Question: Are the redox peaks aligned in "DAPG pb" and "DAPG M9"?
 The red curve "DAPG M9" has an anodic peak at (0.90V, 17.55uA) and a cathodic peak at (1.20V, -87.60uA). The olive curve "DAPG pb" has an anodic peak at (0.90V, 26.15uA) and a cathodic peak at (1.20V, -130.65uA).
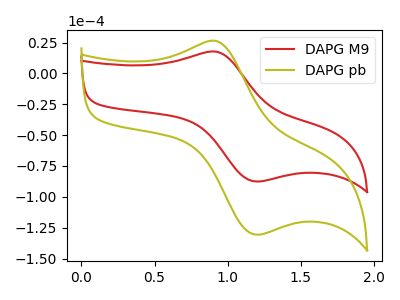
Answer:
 <answer>Yes, "DAPG pb" have a peak in "DAPG M9" at the same potential.</answer>
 <eval>match</eval>